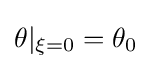
\theta |_{\xi =0}=\theta _{0}